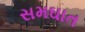
સમઘાત